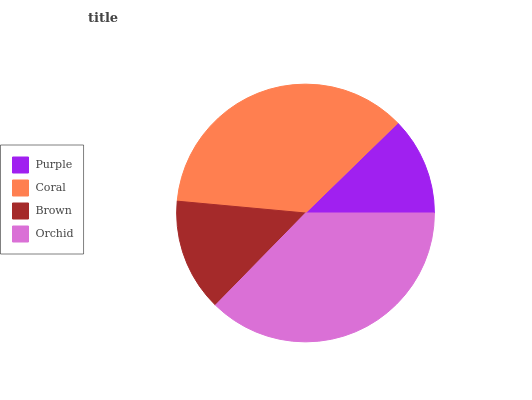
| Purple | Coral | Brown | Orchid |
 | --- | --- | --- | --- |
 | 12.3% | 36.3% | 14.2% | 37.2% |